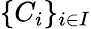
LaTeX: \{ C_{i}\} _{i\in I}